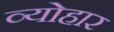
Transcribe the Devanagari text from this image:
व्योहार